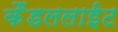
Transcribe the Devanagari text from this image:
कैंडललाईट